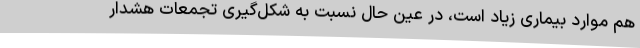
هم موارد بیماری زیاد است، در عین حال نسبت به شکل‌گیری تجمعات هشدار